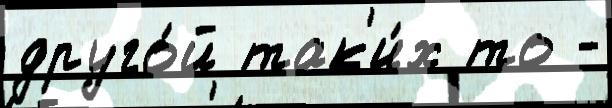
друго́й так'и́х то -